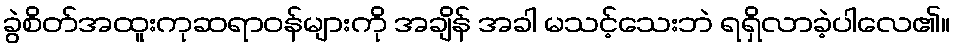
ခွဲစိတ်အထူးကုဆရာဝန်များကို အချိန် အခါ မသင့်သေးဘဲ ရရှိလာခဲ့ပါလေ၏။